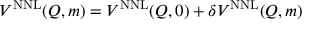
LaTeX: V ^ { \mathrm { \tiny { N N L } } } ( Q , m ) = V ^ { \mathrm { \tiny { N N L } } } ( Q , 0 ) + \delta V ^ { \mathrm { \tiny { N N L } } } ( Q , m )